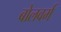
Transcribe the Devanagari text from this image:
बोलवर्म